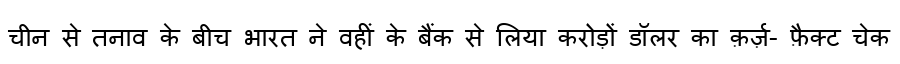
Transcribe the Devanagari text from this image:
चीन से तनाव के बीच भारत ने वहीं के बैंक से लिया करोड़ों डॉलर का क़र्ज़- फ़ैक्ट चेक